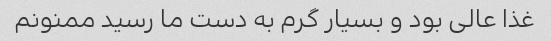
غذا عالی بود و بسیار گرم به دست ما رسید ممنونم